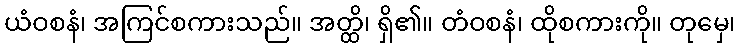
ယံဝစနံ၊ အကြင်စကားသည်။ အတ္ထိ၊ ရှိ၏။ တံဝစနံ၊ ထိုစကားကို။ တုမှေ၊